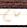
سام